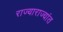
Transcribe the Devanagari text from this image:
राज्याराज्यांत